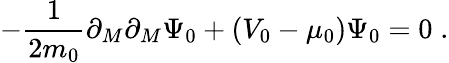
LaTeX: -\frac{1}{2m_{0}}\partial_{M}\partial_{M}\Psi_{0}+\left(V_{0}-\mu_{0}\right)\Psi_{0}=0\; .